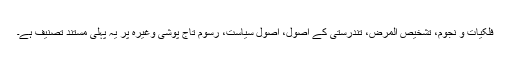
فلکیات و نجوم، تشخیص المرض، تندرستی کے اصول، اصول سیاست، رسوم تاج پوشی وغیرہ پر یہ پہلی مستند تصنیف ہے۔